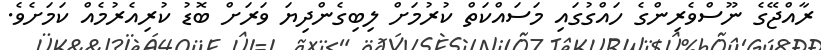
ރާއްޖޭގެ ނޫސްވެރިންގެ ހައްގުގައި މަސައްކަތް ކުރުމަށް ލިބިގެންދިޔަ ވަރަށް ބޮޑު ކުރިއެރުމެއް ކަމަށެވެ.